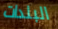
البلدات